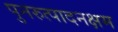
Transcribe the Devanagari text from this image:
पुनरुत्पादनक्षम